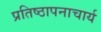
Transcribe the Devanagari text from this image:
प्रतिष्ठापनाचार्य